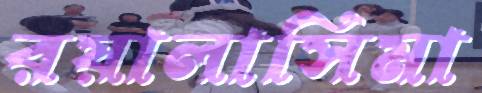
রয়ালাসিমা